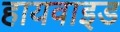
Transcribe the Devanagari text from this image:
हायवाइड